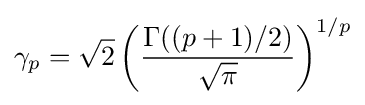
\gamma _{p}={\sqrt {2}}\left({\frac {\Gamma ((p+1)/2)}{\sqrt {\pi }}}\right)^{1/p}